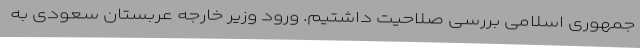
جمهوری اسلامی بررسی صلاحیت داشتیم. ورود وزیر خارجه عربستان سعودی به